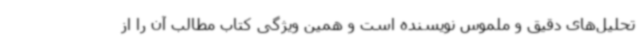
تحلیل‌های دقیق و ملموس نویسنده است و همین ویژگی کتاب مطالب آن را از